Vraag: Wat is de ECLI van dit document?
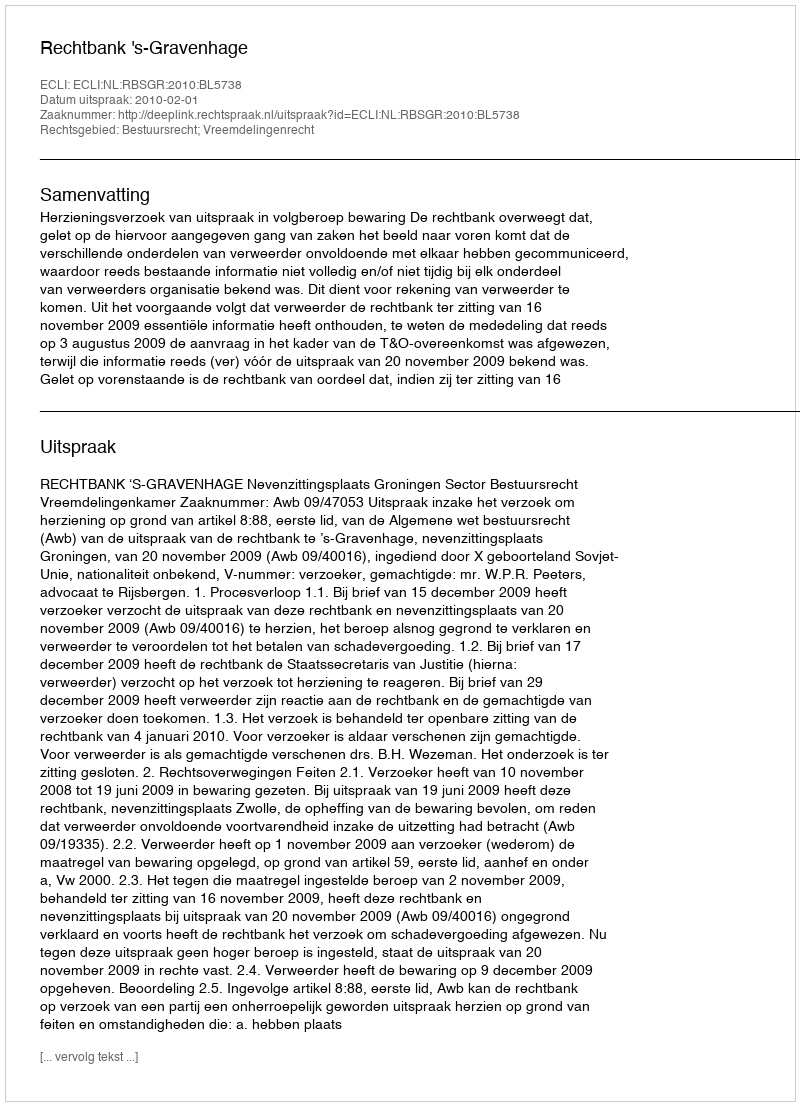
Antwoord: ECLI:NL:RBSGR:2010:BL5738